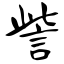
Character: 訾